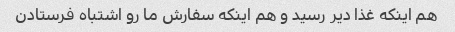
هم اینکه غذا دیر رسید و هم اینکه سفارش ما رو اشتباه فرستادن